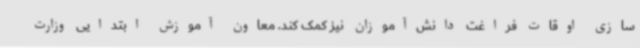
سازی اوقات فراغت دانش‌آموزان نیز کمک کند. معاون آموزش ابتدایی وزارت